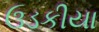
ઉડકીયા